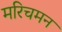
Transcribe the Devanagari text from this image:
मरिचमन